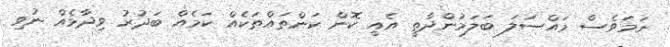
ނަމަވެސް މައްސަލަ ބަލަމުންދާތީ އެއީ ކޮން ކަންތައްތަކެއް ކަމެއް ބަދުރު ވިދާޅެއް ނުވި